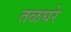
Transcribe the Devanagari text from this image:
तळघरे